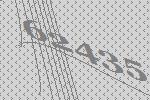
62435